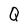
Character: Q